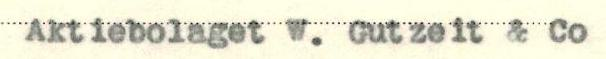
Aktiebolaget W. Gutzeit & Co